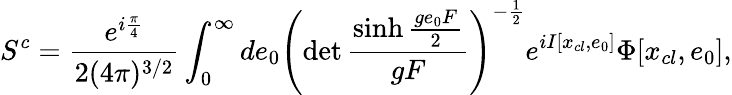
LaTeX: S^{c}=\frac{e^{i\frac{\pi}{4}}}{2(4\pi)^{3/2}}\int_{0}^{\infty}de_{0}\left(\operatorname*{det}\frac{\sinh\frac{ge_{0}F}{2}}{gF}\right)^{-\frac{1}{2}}e^{iI[x_{cl},e_{0}]}\Phi[x_{cl},e_{0}],